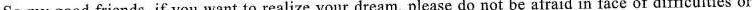
So my good friends, if you want to realize your dream, please do not be afraid in face of difficulties or